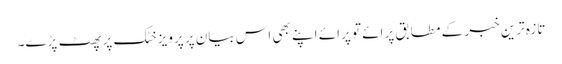
تازہ ترین خبر کے مطابق پرائے تو پرائے اپنے بھی اس بیان پر پرویز خٹک پر پھٹ پڑے۔